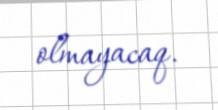
olmayacaq.